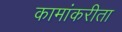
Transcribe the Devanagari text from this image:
कामांकरीता